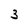
Character: 3